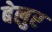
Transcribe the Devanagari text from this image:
बेलुर